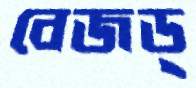
বেজড্